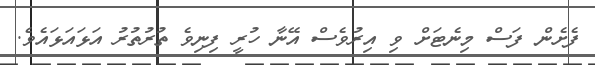
ފެށެން ފަސް މިނެޓަށް ވި އިރުވެސް އޭނާ ހުރީ ފިނިވެ ތުރުތުރު އަޅައަޅައެވެ.